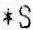
*S